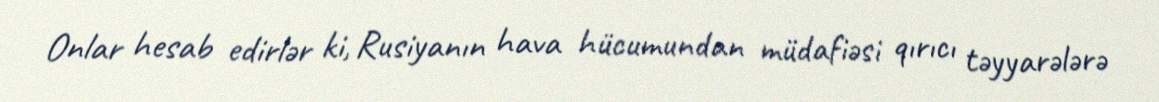
Onlar hesab edirlər ki, Rusiyanın hava hücumundan müdafiəsi qırıcı təyyarələrə